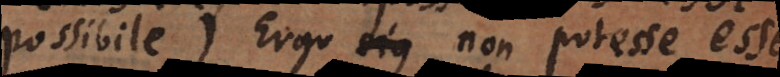
possibile). Ergo non potest esse